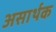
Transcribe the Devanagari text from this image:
असार्थक